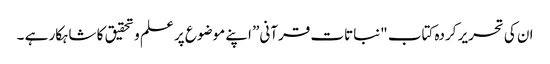
ان کی تحریر کردہ کتاب "نباتات قرآنی” اپنے موضوع پر علم و تحقیق کا شاہکار ہے ۔